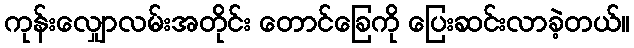
ကုန်းလျှောလမ်းအတိုင်း တောင်ခြေကို ပြေးဆင်းလာခဲ့တယ်။